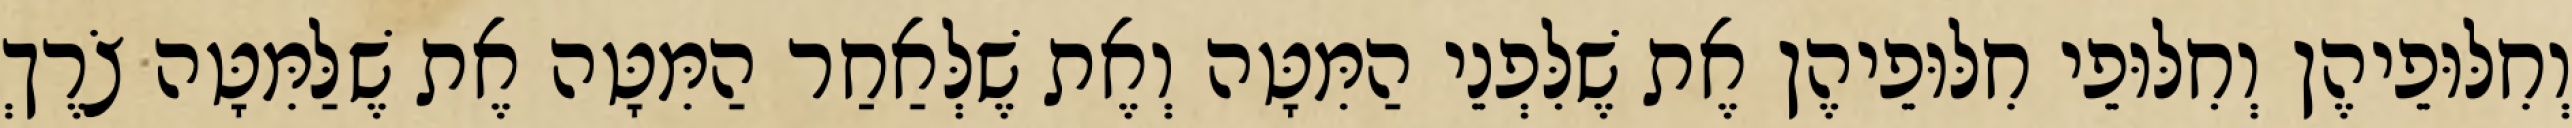
וְחִלּוּפֵיהֶן וְחִלּוּפֵי חִלּוּפֵיהֶן אֶת שֶׁלִּפְנֵי הַמִּטָּה וְאֶת שֶׁלְּאַחַר הַמִּטָּה אֶת שֶׁלַּמִּטָּה צֹרֶךְ